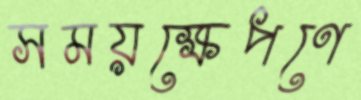
সময়ক্ষেপণে